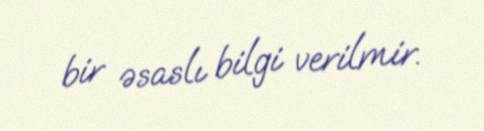
bir əsaslı bilgi verilmir.